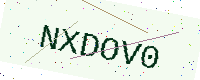
Text: NXDOV0